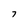
Character: 7